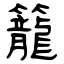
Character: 籠